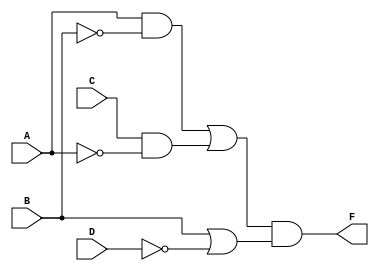
module Lab1_gatelevel (F,A,B,C,D);
	input A,B,C,D;
	output F;
	wire wireAB,wireAC,wireBD,wireABC;
	and(wireAB,A,~B);
	and(wireAC,C,~A);
	or(wireBD,B,~D);
	or(wireABC,wireAB,wireAC);
	and(F,wireABC,wireBD);
endmodule